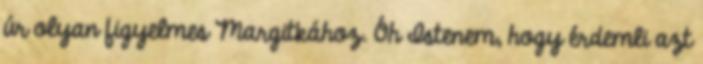
úr olyan figyelmes Margitkához. Óh Istenem, hogy érdemli azt